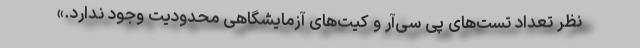
نظر تعداد تست‌های پی ‌سی‌آر و کیت‌های آزمایشگاهی محدودیت وجود ندارد.»